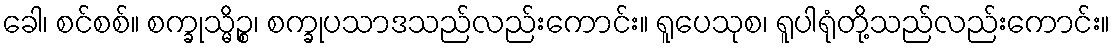
ခေါ၊ စင်စစ်။ စက္ခုသ္မိဉ္စ၊ စက္ခုပသာဒသည်လည်းကောင်း။ ရူပေသုစ၊ ရူပါရုံတို့သည်လည်းကောင်း။